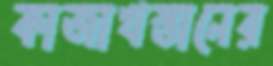
কাজাখস্তানের